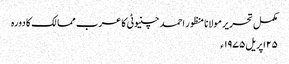
مکمل تحریر مولانا منظور احمد چنیوٹی کا عرب ممالک کا دورہ
۲۵ اپریل ۱۹۷۵ء